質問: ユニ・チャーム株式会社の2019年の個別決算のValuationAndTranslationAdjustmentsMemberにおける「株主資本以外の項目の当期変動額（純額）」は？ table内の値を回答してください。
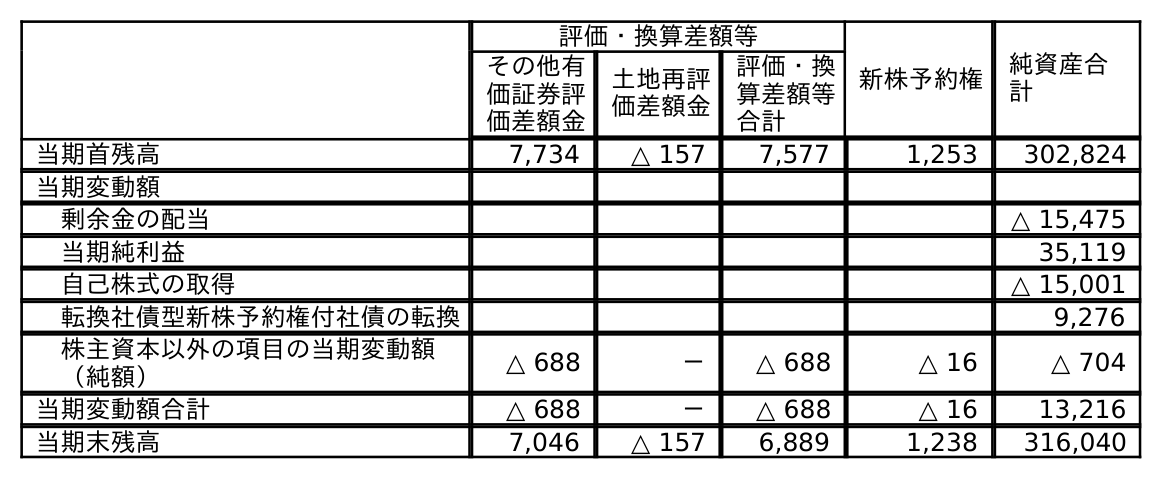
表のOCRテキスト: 評価・換算差額等 新株予約権 純資産合 計 その他有 価証券評 価差額金 土地再評 価差額金 評価・換 算差額等 合計 当期首残高 7,734 △ 157 7,577 1,253 302,824 当期変動額 剰余金の配当 △ 15,475 当期純利益 35,119 自己株式の取得 △ 15,001 転換社債型新株予約権付社債の転換 9,276 株主資本以外の項目の当期変動額 （純額） △ 688 － △ 688 △ 16 △ 704 当期変動額合計 △ 688 － △ 688 △ 16 13,216 当期末残高 7,046 △ 157 6,889 1,238 316,040
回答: △688